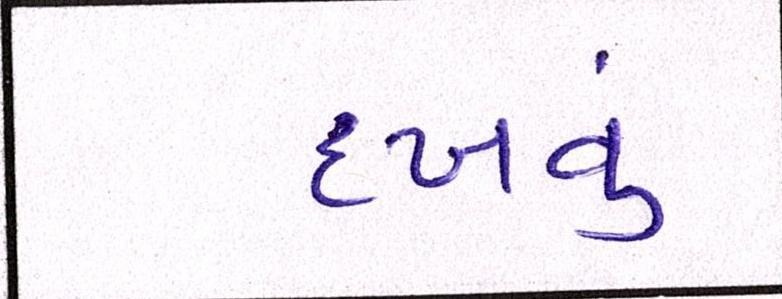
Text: દઃખવું